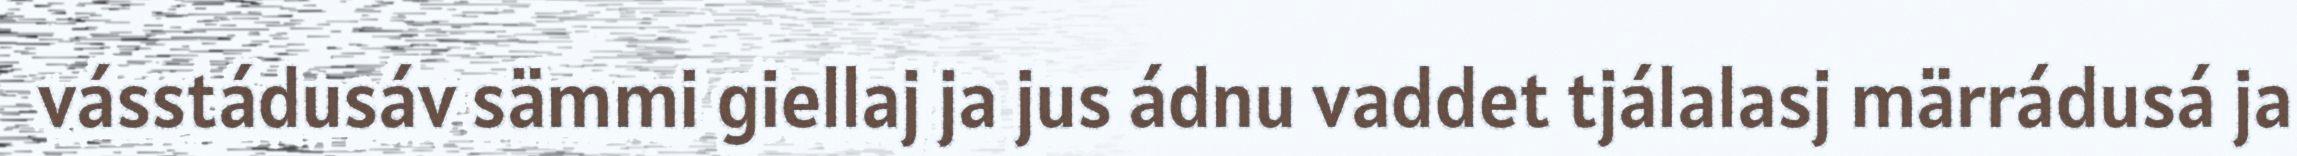
vásstádusáv sämmi giellaj ja jus ádnu vaddet tjálalasj märrádusá ja